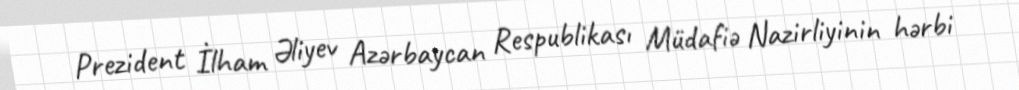
Prezident İlham Əliyev Azərbaycan Respublikası Müdafiə Nazirliyinin hərbi